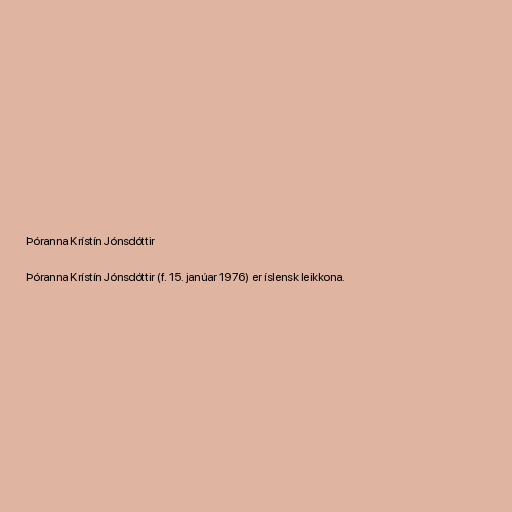
Þóranna Krístín Jónsdóttir

Þóranna Krístín Jónsdóttir (f. 15. janúar 1976) er íslensk leikkona.